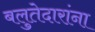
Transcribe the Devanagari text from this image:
बलुतेदारांना